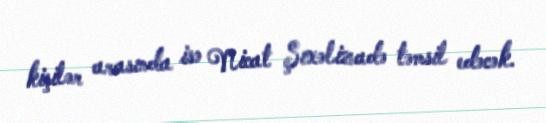
kişilər arasında isə Nicat Şıxəlizadə təmsil edəcək.